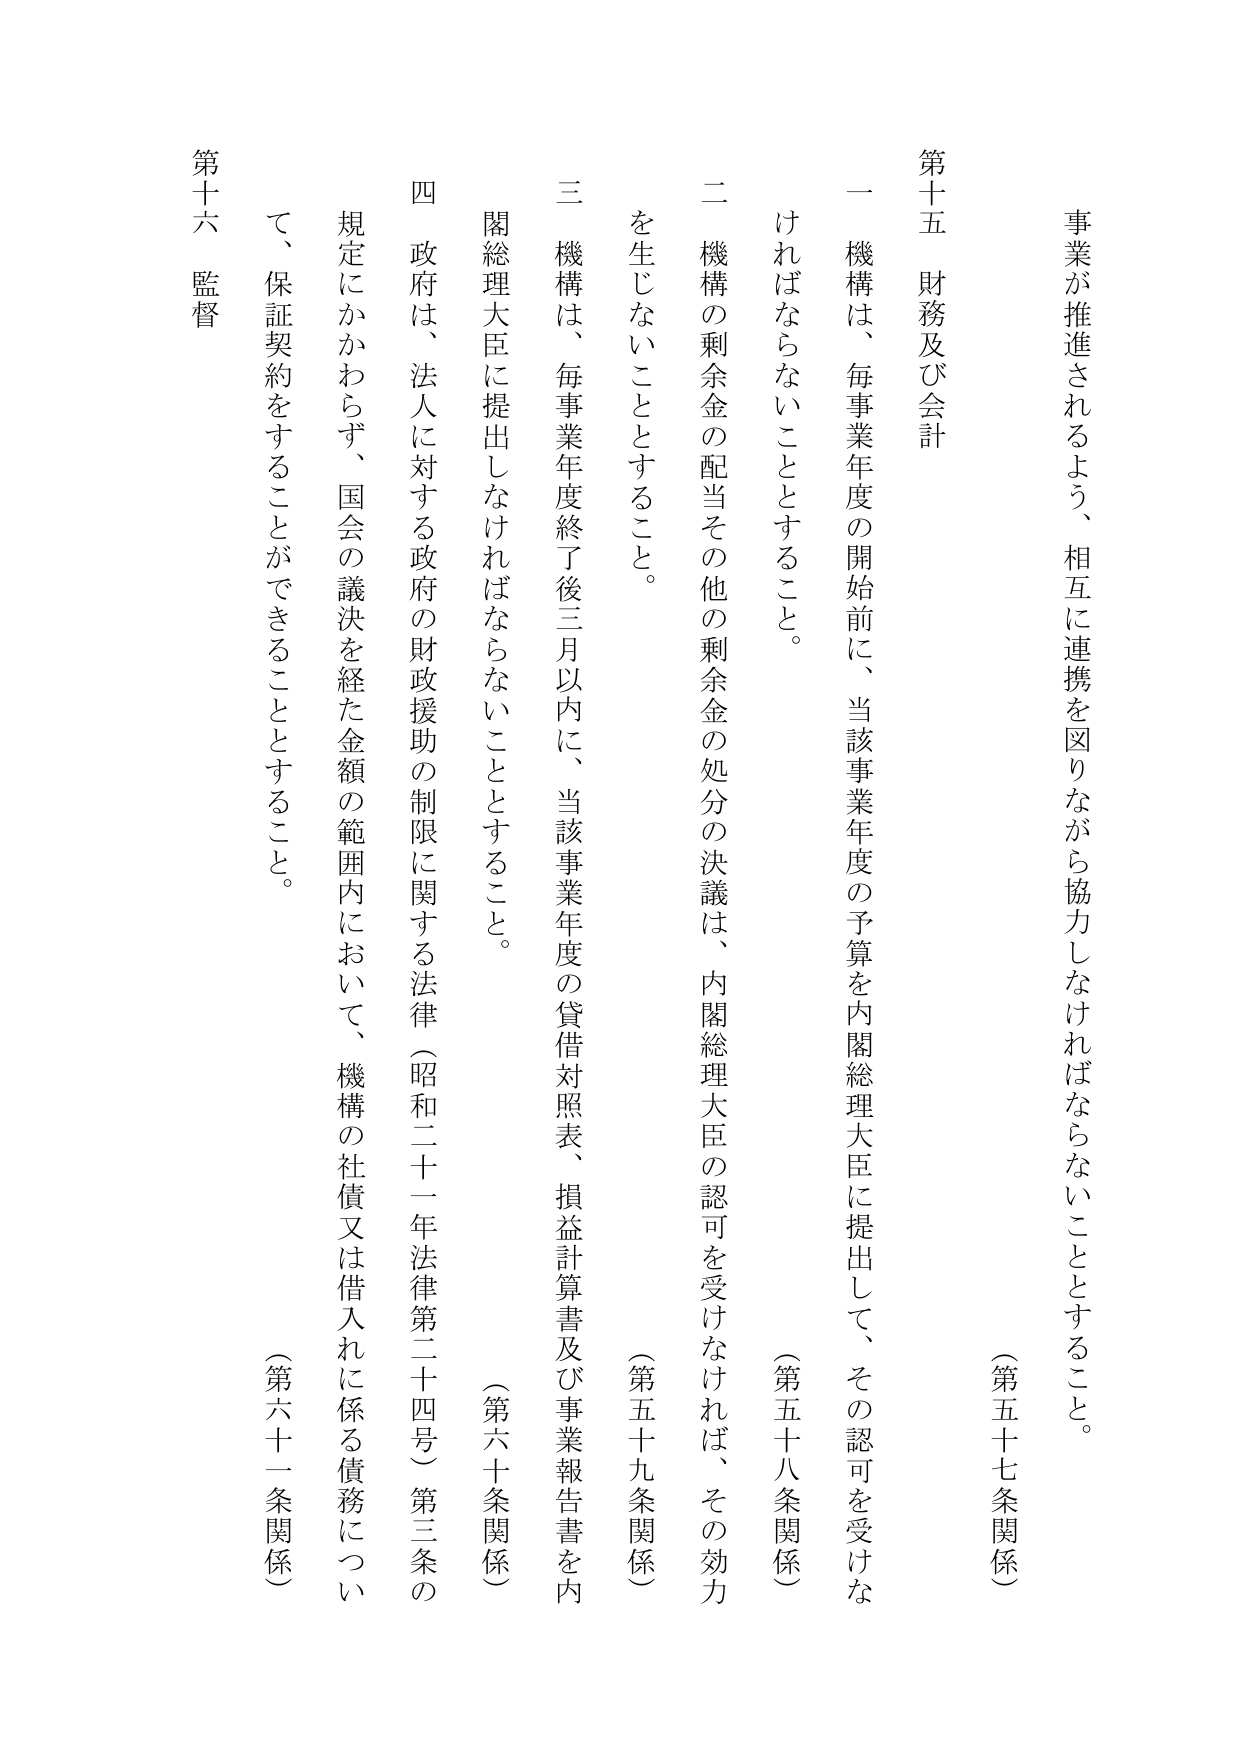
事業が推進されるよう、相互に連携を図りながら協力しなければならないこととすること。

（第五十七条関係）

第十五 財務及び会計

一 機構は、毎事業年度の開始前に、当該事業年度の予算を内閣総理大臣に提出して、その認可を受けなければならないこととすること。

（第五十八条関係）

二 機構の剰余金の配当その他の剰余金の処分の決議は、内閣総理大臣の認可を受けなければ、その効力を生じないこととすること。

（第五十九条関係）

三 機構は、毎事業年度終了後三月以内に、当該事業年度の貸借対照表、損益計算書及び事業報告書を内閣総理大臣に提出しなければならないこととすること。

（第六十条関係）

四 政府は、法人に対する政府の財政援助の制限に関する法律（昭和二十一年法律第二十四号）第三条の規定にかかわらず、国会の議決を経た金額の範囲内において、機構の社債又は借入れに係る債務について、保証契約をすることができることとすること。

（第六十一条関係）

第十六 監督